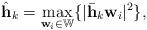
LaTeX: \begin{align*}{\hat{\mathbf{h}}_k} = \max_{\mathbf{w}_i\in\mathbb{W}}\{ |\bar{{\mathbf{h}}}_k \mathbf{w}_i|^2\},\end{align*}